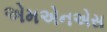
એમએનએસ